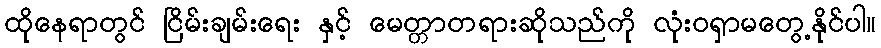
ထိုနေရာတွင် ငြိမ်းချမ်းရေး နှင့် မေတ္တာတရားဆိုသည်ကို လုံးဝရှာမတွေ့နိုင်ပါ။